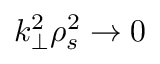
k _ { \perp } ^ { 2 } \rho _ { s } ^ { 2 } \to 0